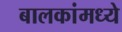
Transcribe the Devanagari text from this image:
बालकांमध्ये